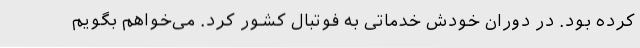
کرده بود. در دوران خودش خدماتی به فوتبال کشور کرد. می‌خواهم بگویم